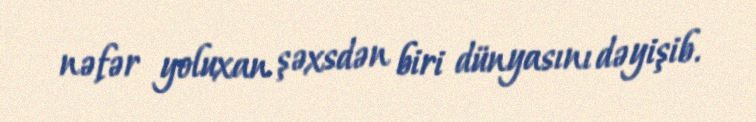
nəfər yoluxan şəxsdən biri dünyasını dəyişib.